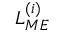
L _ { M E } ^ { ( i ) }